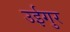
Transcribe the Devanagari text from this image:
उईगुर